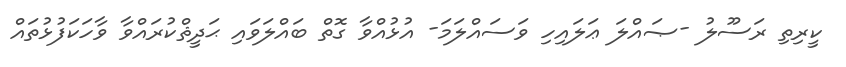
ކީރިތި ރަސޫލު -ޞައްލަ ޢަލައިހި ވަސައްލަމަ- އުޅުއްވާ ގޮތް ބައްލަވައި ޙަދީޘްކުރައްވާ ވާހަކަފުޅުތައް